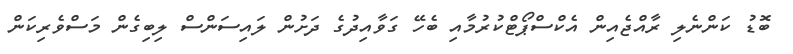
ބޮޑު ކަންނެލި ރާއްޖެއިން އެކްސްޕޯޓްކުރުމާއި ބެހޭ ގަވާއިދުގެ ދަށުން ލައިސަންސް ލިބިގެން މަސްވެރިކަން